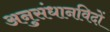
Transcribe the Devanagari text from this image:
अनुसंधानविदों